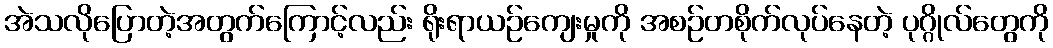
အဲသလိုပြောတဲ့အတွက်ကြောင့်လည်း ရိုးရာယဉ်ကျေးမှုကို အစဉ်တစိုက်လုပ်နေတဲ့ ပုဂ္ဂိုလ်တွေကို